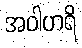
အဝါဟရိ